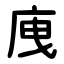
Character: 㡼